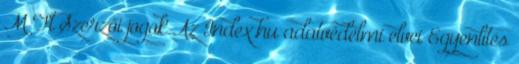
M Ft Szerzői jogok Az Index.hu adatvédelmi elvei Egyenlítés